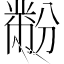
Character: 黺